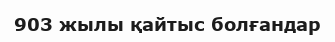
903 жылы қайтыс болғандар